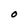
Character: O